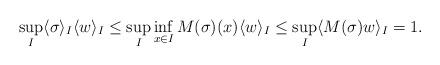
LaTeX: \begin{align*}\sup_I \langle \sigma\rangle_I \langle w \rangle_I \le \sup_I \inf_{x\in I} M(\sigma)(x) \langle w \rangle_I\le \sup_I\langle M(\sigma)w \rangle_I =1.\end{align*}